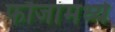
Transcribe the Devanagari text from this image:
फौजांमध्ये